Vaccination in the Punjab 1919-1929 - 1919-1929
Year: 1919
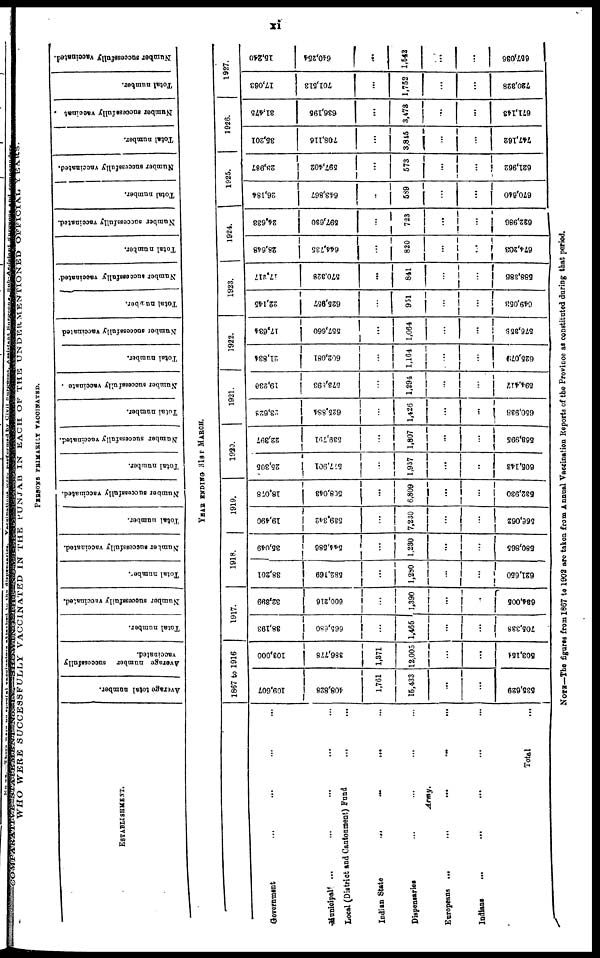
xi
WHO
WERE SUCCESSFULLY VACCINATED IN THE PUNJAB IN EACH OF THE UNDERMENTIONED OFFICIAL
YEARS
PERSONS PRIMARILY VACCINATED.
ESTABLISHMENT.
Government ... ... ... ...
Municipal ... ... ... ... ...
Local (District and Cantonment) Fund ... ...
Indian State
...
...
...
...
...
Dispensaries ... ... ... ... ...
Army.
Europeans
...
...
...
...
...
Indians
...
...
...
...
...
Total ...
Average total number.
Average number
successfully
vaccinated.
Total number.
Number successfully vaccinated.
Total number.
Number successfully vaccinated.
Total number.
Number successfully vaccinated.
Total number.
Number successfully vaccinated.
Total number.
Number successfully vaccinate
Total number.
Number successfully vaccinated
Total number.
Number successfully vaccinated.
Total number.
Number successfully vaccinated.
Total number.
Number successfully vaccinated.
Total number.
Number successfully vaccinat.
Total number.
Number successfully vaccinated.
YEAR ENDING 31ST MARCH.
1887 to 1916
109,607
408,828
1,761
15,433
...
...
535,629
103,000
386,778
1,371
12,005
...
...
503,154
1917.
38,193
665,680
...
1,465
...
...
705,338
32,899
600,216
...
1,390
...
..
634,005
1918.
38,201
582,169
...
1,280
...
...
621,650
35,049
544,586
...
1,230
...
...
580,865
1919.
19,490
539,342
...
7,230
...
...
566,062
18,078
508,043
...
6,809
...
...
532,930
1920.
25,305
577,901
...
1,937
...
..
605,143
22,397
539,791
...
1,807
...
...
568,995
1921.
23,628
625,884
...
1,426
...
...
650,938
19,230
573,893
...
1,294
...
...
594,417
1922.
21,834
602,081
...
1,164
...
...
625,079
17,634
557,660
...
1,064
...
...
576,358
1923.
22,145
625,957
...
951
...
...
649,053
17,217
570,328
...
841
...
...
588,386
1924.
28,648
644,735
...
820
...
...
674,203
24,633
597,630
...
723
...
...
622,986
1925.
26,184
643,867
..
589
...
...
670,640
23,987
597,402
...
573
...
...
621,962
1926.
35,201
708,116
...
3,845
...
...
747,162
31,475
636,195
...
3,473
...
...
671,143
1927.
17,063
701,513
...
1,752
...
...
720,328
15,240
640,254
...
1,542
...
...
657,036
NOTE—The figures from 1867 to 1902 are taken from Annual Vaccination Reports of the Province as constituted during that period.